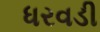
ધરવડી